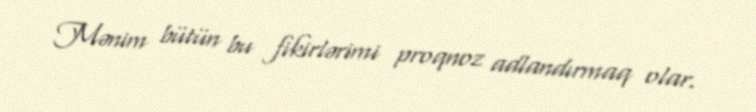
Mənim bütün bu fikirlərimi proqnoz adlandırmaq olar.